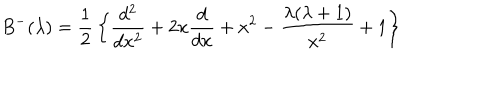
B ^ { - } ( \lambda ) = { \frac { 1 } { 2 } } \left\{ { \frac { d ^ { 2 } } { d x ^ { 2 } } } + 2 x { \frac { d } { d x } } + x ^ { 2 } - { \frac { \lambda ( \lambda + 1 ) } { x ^ { 2 } } } + 1 \right\}